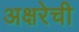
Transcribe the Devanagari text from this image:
अक्षरेची